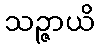
သဉ္ဇာယိ